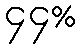
၄၄%